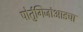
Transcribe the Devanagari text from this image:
पोर्तुगिजांआडचा